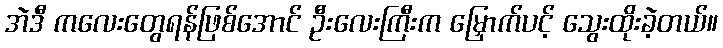
အဲဒီ ကလေးတွေရန်ဖြစ်အောင် ဦးလေးကြီးက မြှောက်ပင့် သွေးထိုးခဲ့တယ်။